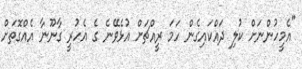
"އެމީހުންނަށް ކުލި ދައްކައިގެން ހަމަ ރީއްޗަށް އުޅެވޭނެ ގެ އެހުރީ ގާނޫނާ އެއްގޮތަށް